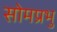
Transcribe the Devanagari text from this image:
सोमप्रभु